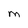
Character: M